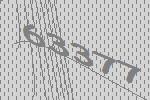
63377